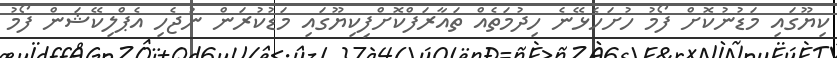
ކިޔޫގައި މަޑުނުކޮށް ފޯމު ހުށަހެޅޭނެ ހިދުމަތެއް ތައާރަފްކޮށްފިކިޔޫގައި މަޑުކުރަން ނުޖެހި އެޕްލިކޭޝަން ފޯމު